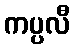
ကပ္ပလီ